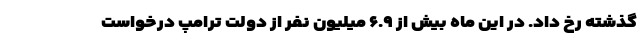
گذشته رخ داد. در این ماه بیش از ۶.۹ میلیون نفر از دولت ترامپ درخواست